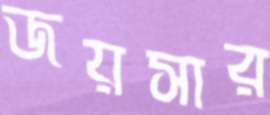
জয়সার